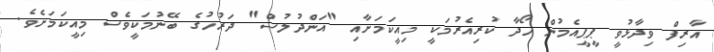
އާރިފް ވިދާޅުވީ ޕީޕީއެމުން ހޯދާ ކުރިއެރުމަކީ މިއީކަމަށާއި "އަންދުލުސް" ދަރުހުގެ ބޭނުމަކީވެސް މިއީކަމަށެވެ.